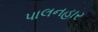
પાલનહાર